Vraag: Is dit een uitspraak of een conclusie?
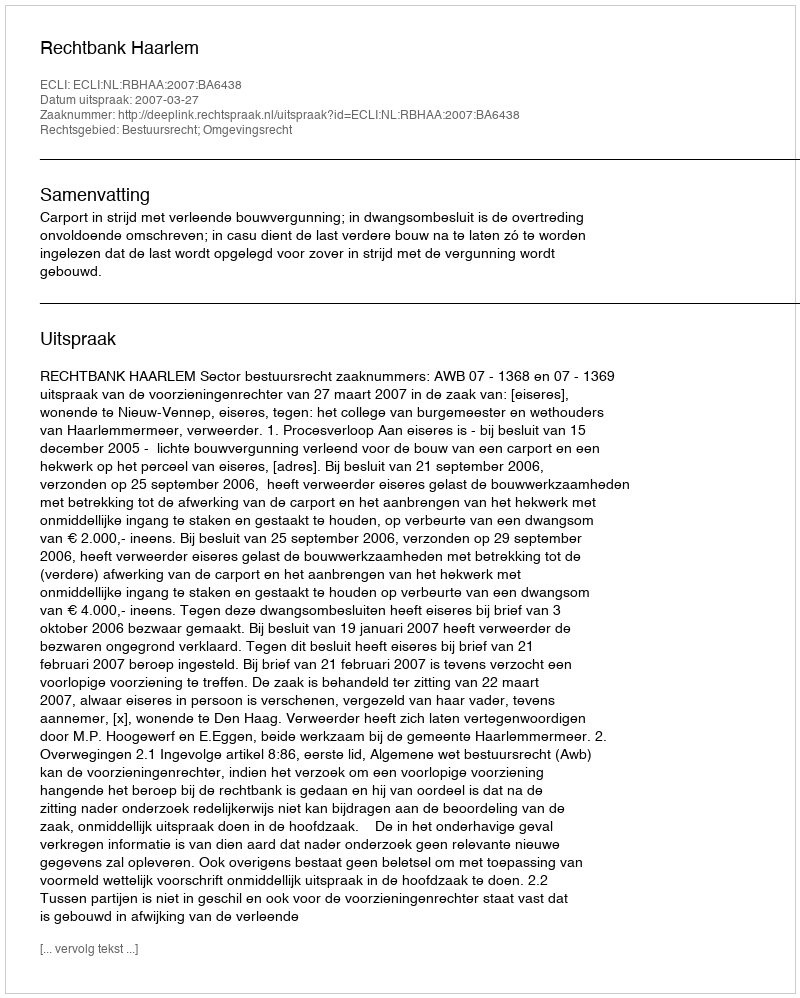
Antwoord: Uitspraak